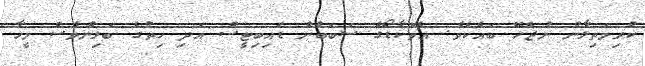
ކުރިމަތިލާން ނުޖެހޭ ބައެކެވެ. އެވޮކާޑޯގެ ސަބަބުން ޑައިބިޓީސް އަދި ހިތުގެ ބަލިންވެސް މީހާ